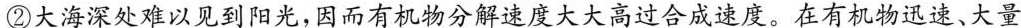
②大海深处难以见到阳光，因而有机物分解速度大大高过合成速度。在有机物迅速、大量